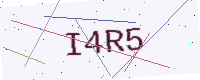
Text: I4R5